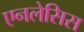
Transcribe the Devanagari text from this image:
एनलेसिस